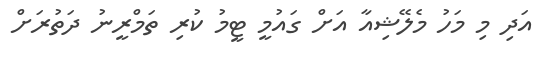
އަދި މި މަހު މެލޭޝިއާ އަށް ގައުމީ ޓީމު ކުރި ތަމްރީނު ދަތުރަށް